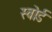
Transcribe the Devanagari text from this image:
स्‍वोर्ड